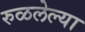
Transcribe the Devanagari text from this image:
रुळलेल्या